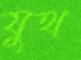
যুথ